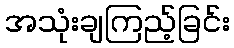
အသုံးချကြည့်ခြင်း